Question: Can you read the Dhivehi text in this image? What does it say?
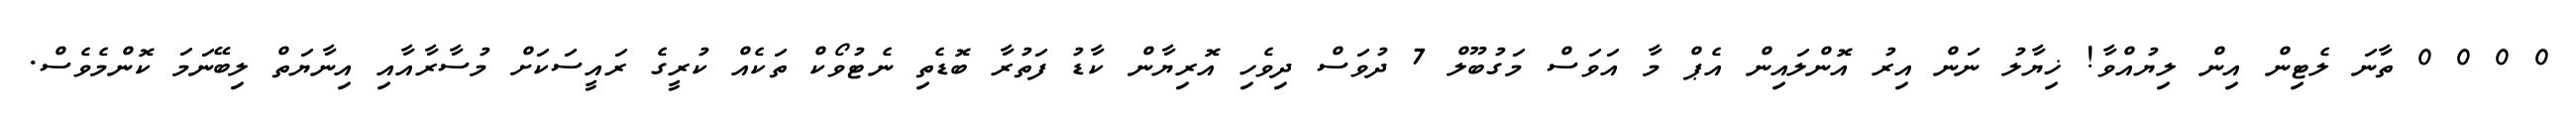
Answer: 0 0 0 0 ތާނަ ލެޓިން އިން ލިޔުއްވާ! ޚިޔާލު ނަން އިރު އޮންލައިން އެޕް މާ އަވަސް މަގުބޫލް 7 ދުވަސް ދިވެހި އޮރިޔާން ކާޑު ފަތުރާ ބޮޑެތި ނެޓުވޯކް ތަކެއް ކުރީގެ ރައީސަކަށް މުސާރާއާއި އިނާޔަތް ލިބޭނަމަ ކޮންމެވެސް.